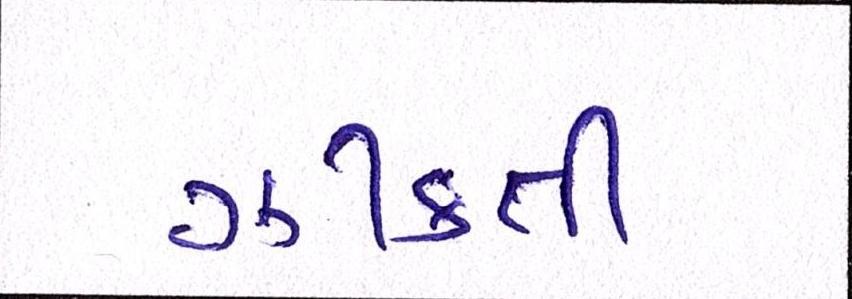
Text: ઝીંકતી